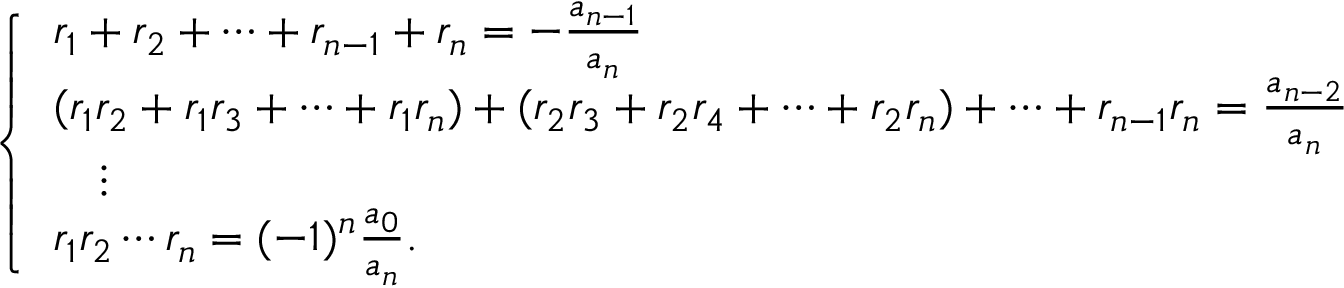
{ \left\{ \begin{array} { l l } { r _ { 1 } + r _ { 2 } + \dots + r _ { n - 1 } + r _ { n } = - { \frac { a _ { n - 1 } } { a _ { n } } } } \\ { ( r _ { 1 } r _ { 2 } + r _ { 1 } r _ { 3 } + \cdots + r _ { 1 } r _ { n } ) + ( r _ { 2 } r _ { 3 } + r _ { 2 } r _ { 4 } + \cdots + r _ { 2 } r _ { n } ) + \cdots + r _ { n - 1 } r _ { n } = { \frac { a _ { n - 2 } } { a _ { n } } } } \\ { \quad \vdots } \\ { r _ { 1 } r _ { 2 } \cdots r _ { n } = ( - 1 ) ^ { n } { \frac { a _ { 0 } } { a _ { n } } } . } \end{array} \right. }